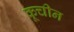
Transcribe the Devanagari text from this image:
कूचीन